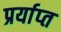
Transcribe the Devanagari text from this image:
प्रर्याप्‍त